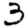
Digit: 3